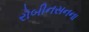
રોબીનસનના